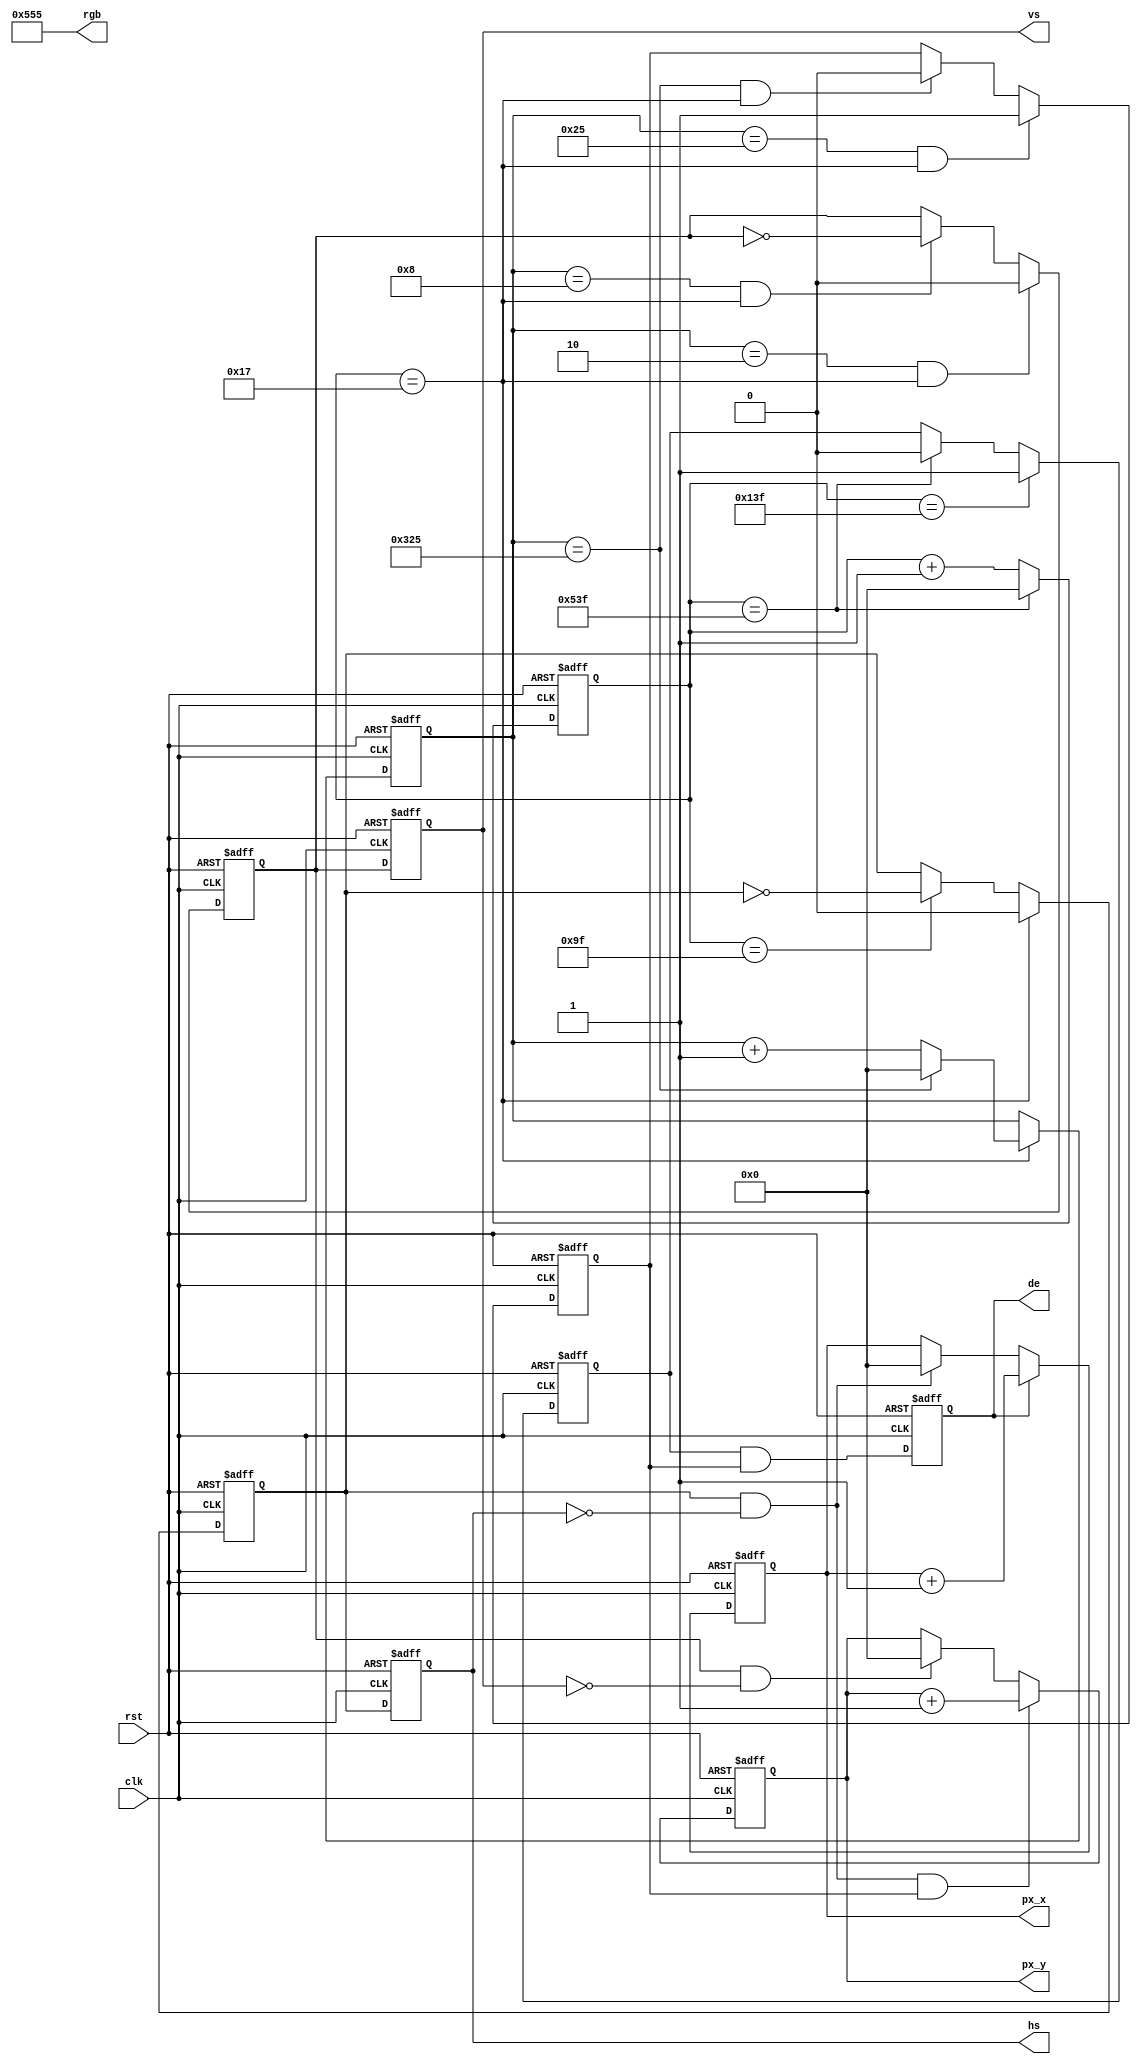

module vga_driver(
	input                 clk,           //pixel clock
	input                 rst,           //reset signal high active
	output                hs,            //horizontal synchronization
	output                vs,            //vertical synchronization
	output                de,            //video valid
	output[11:0]          rgb,            //video  data
    output[11:0]          px_x,
    output[11:0]          px_y 
);

parameter H_ACTIVE = 16'd1024;
parameter H_FP = 16'd24;      
parameter H_SYNC = 16'd136;   
parameter H_BP = 16'd160;     
parameter V_ACTIVE = 16'd768; 
parameter V_FP  = 16'd3;      
parameter V_SYNC  = 16'd6;    
parameter V_BP  = 16'd29;     
parameter HS_POL = 1'b0;
parameter VS_POL = 1'b0;
parameter H_TOTAL = H_ACTIVE + H_FP + H_SYNC + H_BP;//horizontal total time (pixels)
parameter V_TOTAL = V_ACTIVE + V_FP + V_SYNC + V_BP;//vertical total time (lines)
reg hs_reg;                      //horizontal sync register
reg vs_reg;                      //vertical sync register
reg hs_reg_d0;                   //delay 1 clock of 'hs_reg'
reg vs_reg_d0;                   //delay 1 clock of 'vs_reg'
reg[11:0] pix_x;
reg[11:0] pix_y;
reg[11:0] h_cnt;                 //horizontal counter
reg[11:0] v_cnt;                 //vertical counter
reg[11:0] active_x;              //video x position 
reg[11:0] active_y;              //video y position 
reg[7:0] rgb_r_reg;              //video red data register
reg[7:0] rgb_g_reg;              //video green data register
reg[7:0] rgb_b_reg;              //video blue data register
reg h_active;                    //horizontal video active
reg v_active;                    //vertical video active
wire video_active;               //video active(horizontal active and vertical active)
reg video_active_d0;             //delay 1 clock of video_active
wire hs_p,vs_p;
assign hs_p = hs_reg & ~hs_reg_d0;
assign vs_p = vs_reg & ~vs_reg_d0;
assign hs = hs_reg_d0;
assign vs = vs_reg_d0;
assign video_active = h_active & v_active;
assign de = video_active_d0;
assign rgb = 12'h555;
assign px_x = pix_x;
assign px_y = pix_y;
always@(posedge clk or posedge rst)
begin
    if(rst)         pix_x   <=  12'd0;
    else if(de)     pix_x   <= pix_x + 1'b1;
    else if(hs_p)   pix_x   <=  12'd0;
    else            pix_x   <= pix_x;
end
always@(posedge clk or posedge rst)
begin
    if(rst)                    pix_y   <=  12'd0;
    else if(hs_p & v_active)   pix_y   <= pix_y + 1'b1;
    else if(vs_p)              pix_y   <= 12'd0;
    else                       pix_y   <= pix_y;
end

always@(posedge clk or posedge rst)
begin
	if(rst == 1'b1)
		begin
			hs_reg_d0 <= 1'b0;
			vs_reg_d0 <= 1'b0;
			video_active_d0 <= 1'b0;
		end
	else
		begin
			hs_reg_d0 <= hs_reg;
			vs_reg_d0 <= vs_reg;
			video_active_d0 <= video_active;
		end
end

always@(posedge clk or posedge rst)
begin
	if(rst == 1'b1)
		h_cnt <= 12'd0;
	else if(h_cnt == H_TOTAL - 1)//horizontal counter maximum value
		h_cnt <= 12'd0;
	else
		h_cnt <= h_cnt + 12'd1;
end

always@(posedge clk or posedge rst)
begin
	if(rst == 1'b1)
		active_x <= 12'd0;
	else if(h_cnt >= H_FP + H_SYNC + H_BP - 1)//horizontal video active
		active_x <= h_cnt - (H_FP[11:0] + H_SYNC[11:0] + H_BP[11:0] - 12'd1);
	else
		active_x <= active_x;
end

always@(posedge clk or posedge rst)
begin
	if(rst == 1'b1)
		v_cnt <= 12'd0;
	else if(h_cnt == H_FP  - 1)//horizontal sync time
		if(v_cnt == V_TOTAL - 1)//vertical counter maximum value
			v_cnt <= 12'd0;
		else
			v_cnt <= v_cnt + 12'd1;
	else
		v_cnt <= v_cnt;
end

always@(posedge clk or posedge rst)
begin
	if(rst == 1'b1)
		hs_reg <= 1'b0;
	else if(h_cnt == H_FP - 1)//horizontal sync begin
		hs_reg <= HS_POL;
	else if(h_cnt == H_FP + H_SYNC - 1)//horizontal sync end
		hs_reg <= ~hs_reg;
	else
		hs_reg <= hs_reg;
end

always@(posedge clk or posedge rst)
begin
	if(rst == 1'b1)
		h_active <= 1'b0;
	else if(h_cnt == H_FP + H_SYNC + H_BP - 1)//horizontal active begin
		h_active <= 1'b1;
	else if(h_cnt == H_TOTAL - 1)//horizontal active end
		h_active <= 1'b0;
	else
		h_active <= h_active;
end

always@(posedge clk or posedge rst)
begin
	if(rst == 1'b1)
		vs_reg <= 1'd0;
	else if((v_cnt == V_FP - 1) && (h_cnt == H_FP - 1))//vertical sync begin
		vs_reg <= HS_POL;
	else if((v_cnt == V_FP + V_SYNC - 1) && (h_cnt == H_FP - 1))//vertical sync end
		vs_reg <= ~vs_reg;  
	else
		vs_reg <= vs_reg;
end

always@(posedge clk or posedge rst)
begin
	if(rst == 1'b1)
		v_active <= 1'd0;
	else if((v_cnt == V_FP + V_SYNC + V_BP - 1) && (h_cnt == H_FP - 1))//vertical active begin
		v_active <= 1'b1;
	else if((v_cnt == V_TOTAL - 1) && (h_cnt == H_FP - 1)) //vertical active end
		v_active <= 1'b0;   
	else
		v_active <= v_active;
end


endmodule